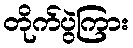
တိုက်ပွဲကြား